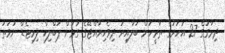
ދިރާގުގެ 27 އަހަރުގެ ތާރީހަށް ބަލާއިރު ދިވެހިރާއްޖޭގެ ގުޅުން ޕަބްލިކް ލިމިޓެޑް ނުވަތަ